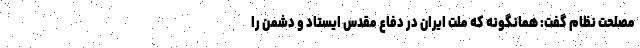
مصلحت نظام گفت: همانگونه که ملت ایران در دفاع مقدس ایستاد و دشمن را